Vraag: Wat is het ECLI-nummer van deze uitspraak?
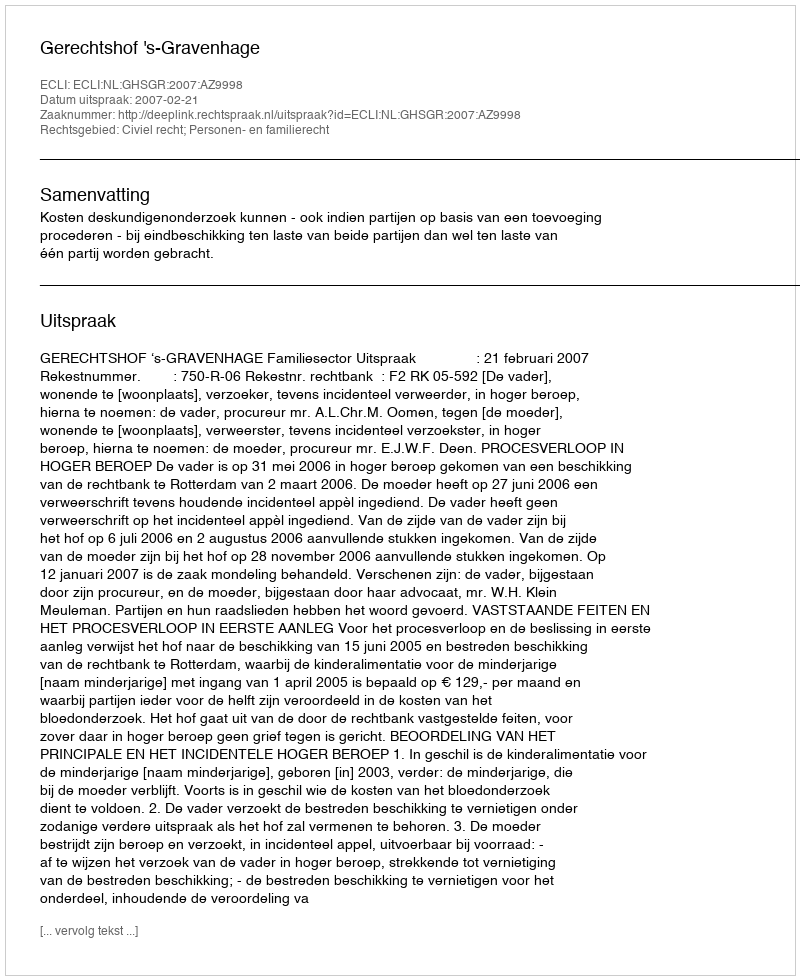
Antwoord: ECLI:NL:GHSGR:2007:AZ9998